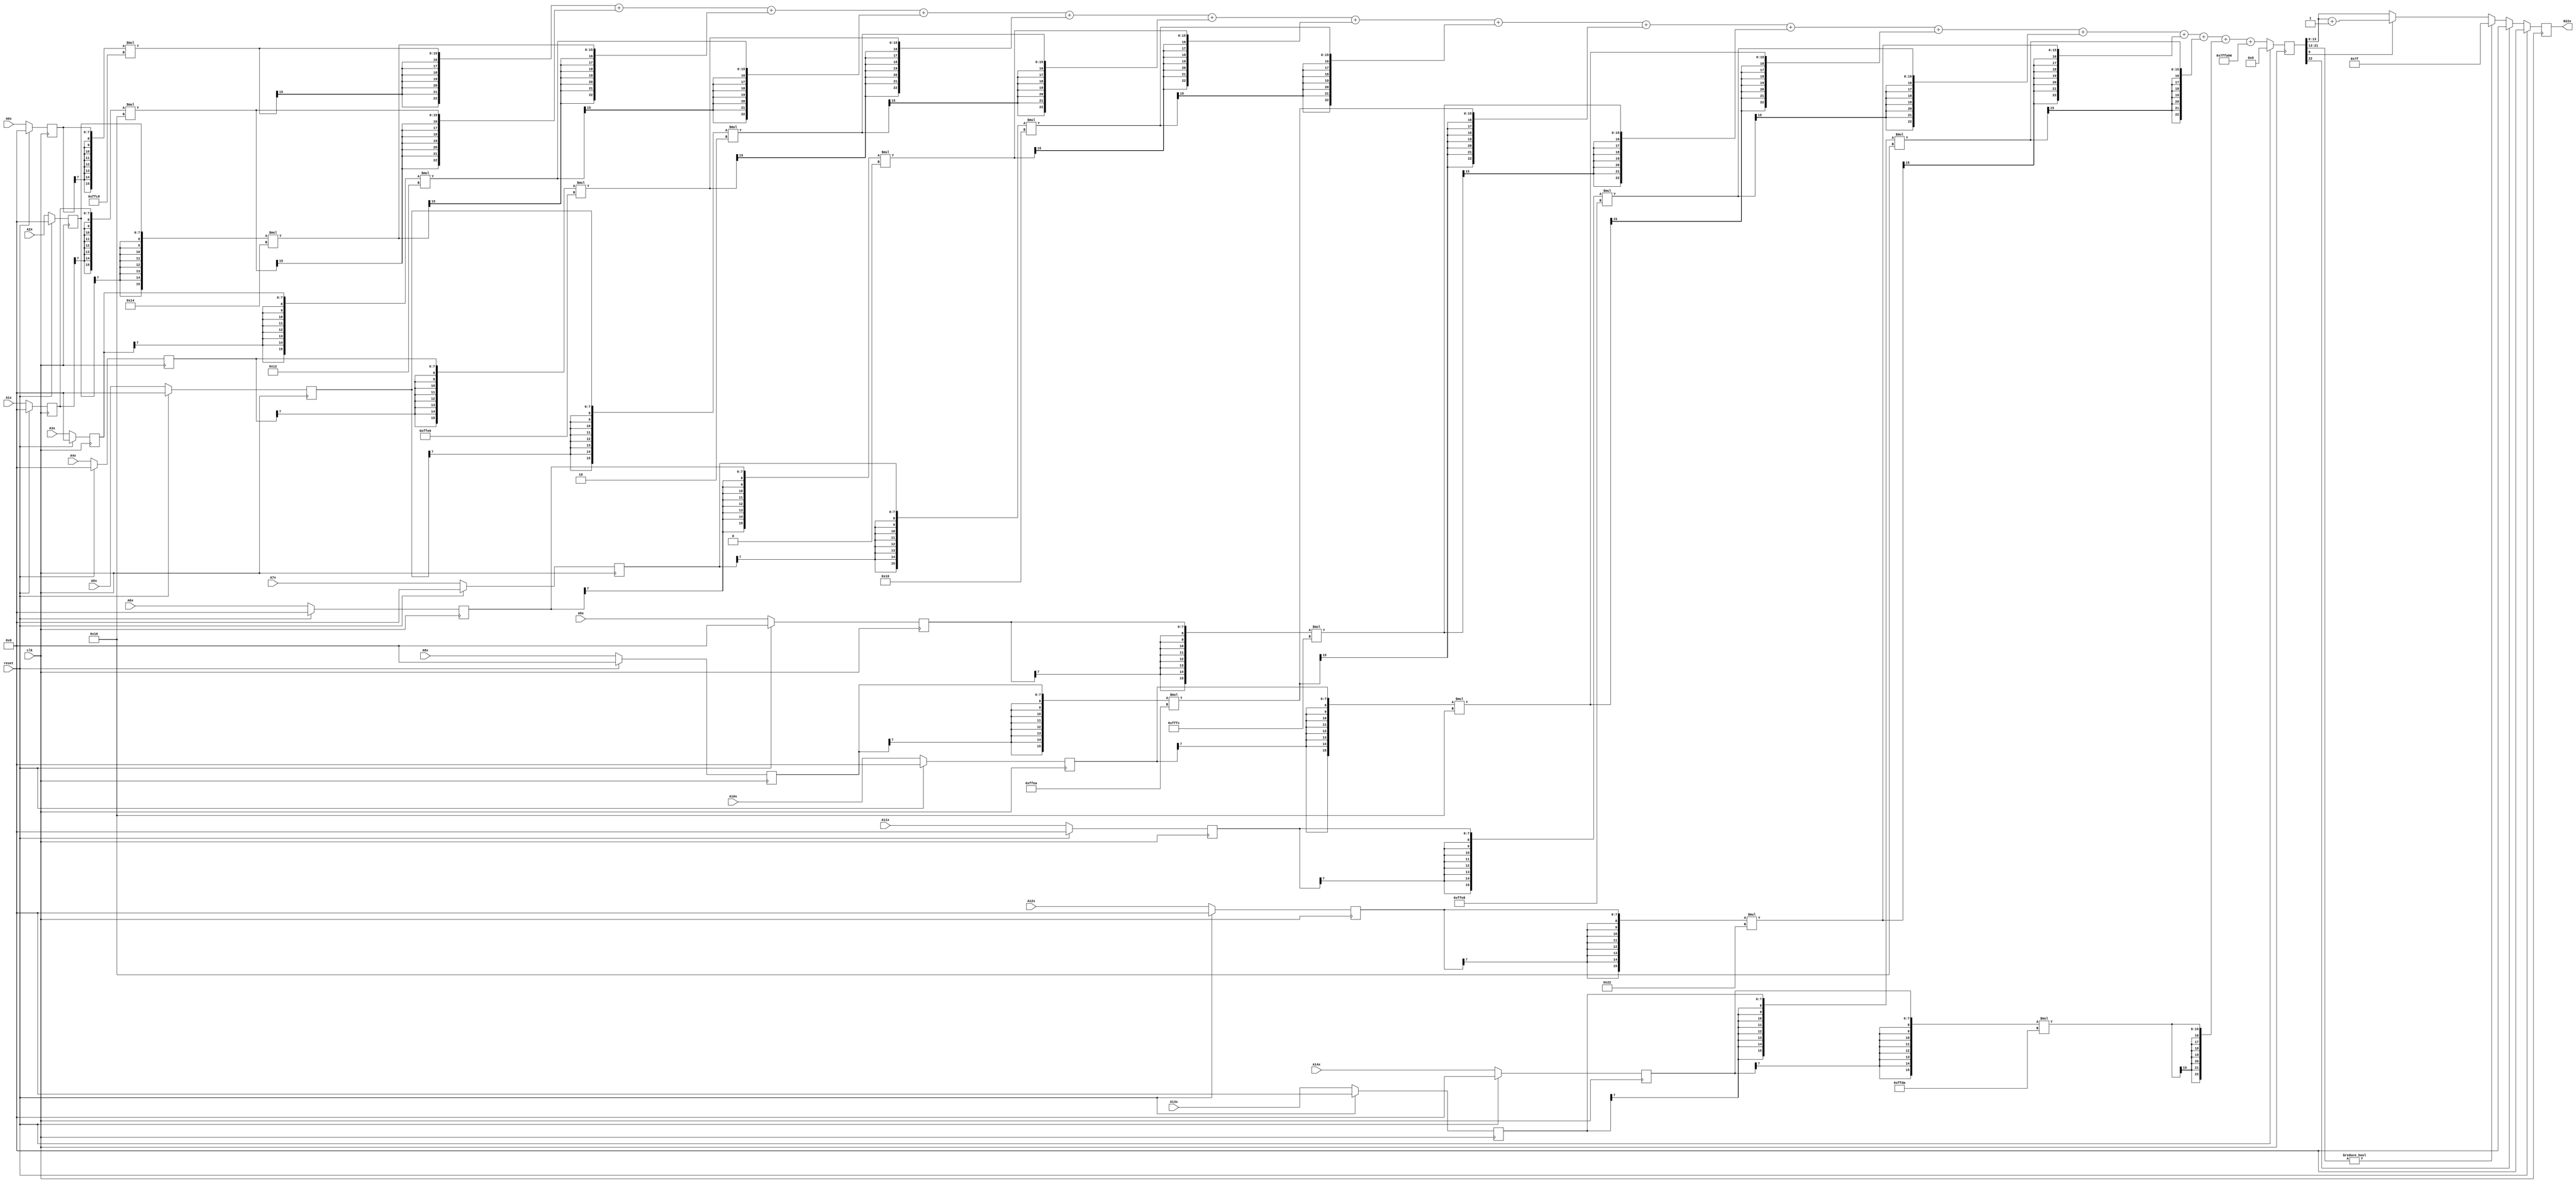
module node_4_22(clk,reset,N22x,A0x,A1x,A2x,A3x,A4x,A5x,A6x,A7x,A8x,A9x,A10x,A11x,A12x,A13x,A14x);
	input clk;
	input reset;
	input [7:0] A0x, A1x, A2x, A3x, A4x, A5x, A6x, A7x, A8x, A9x, A10x, A11x, A12x, A13x, A14x;
	reg [7:0] A0x_c, A1x_c, A2x_c, A3x_c, A4x_c, A5x_c, A6x_c, A7x_c, A8x_c, A9x_c, A10x_c, A11x_c, A12x_c, A13x_c, A14x_c;
	wire [15:0] sum0x, sum1x, sum2x, sum3x, sum4x, sum5x, sum6x, sum7x, sum8x, sum9x, sum10x, sum11x, sum12x, sum13x, sum14x;
	output reg [7:0] N22x;
	reg [22:0] sumout;

	parameter [7:0] W0x=-8'd56;
	parameter [7:0] W1x=8'd16;
	parameter [7:0] W2x=8'd20;
	parameter [7:0] W3x=8'd18;
	parameter [7:0] W4x=-8'd32;
	parameter [7:0] W5x=8'd2;
	parameter [7:0] W6x=8'd0;
	parameter [7:0] W7x=8'd22;
	parameter [7:0] W8x=-8'd22;
	parameter [7:0] W9x=-8'd4;
	parameter [7:0] W10x=8'd16;
	parameter [7:0] W11x=-8'd24;
	parameter [7:0] W12x=8'd34;
	parameter [7:0] W13x=8'd16;
	parameter [7:0] W14x=-8'd38;
	parameter [15:0] B0x=-16'd1536;


	assign sum0x = {A0x_c[7],A0x_c[7],A0x_c[7],A0x_c[7],A0x_c[7],A0x_c[7],A0x_c[7],A0x_c[7],A0x_c}*{W0x[7],W0x[7],W0x[7],W0x[7],W0x[7],W0x[7],W0x[7],W0x[7],W0x};
	assign sum1x = {A1x_c[7],A1x_c[7],A1x_c[7],A1x_c[7],A1x_c[7],A1x_c[7],A1x_c[7],A1x_c[7],A1x_c}*{W1x[7],W1x[7],W1x[7],W1x[7],W1x[7],W1x[7],W1x[7],W1x[7],W1x};
	assign sum2x = {A2x_c[7],A2x_c[7],A2x_c[7],A2x_c[7],A2x_c[7],A2x_c[7],A2x_c[7],A2x_c[7],A2x_c}*{W2x[7],W2x[7],W2x[7],W2x[7],W2x[7],W2x[7],W2x[7],W2x[7],W2x};
	assign sum3x = {A3x_c[7],A3x_c[7],A3x_c[7],A3x_c[7],A3x_c[7],A3x_c[7],A3x_c[7],A3x_c[7],A3x_c}*{W3x[7],W3x[7],W3x[7],W3x[7],W3x[7],W3x[7],W3x[7],W3x[7],W3x};
	assign sum4x = {A4x_c[7],A4x_c[7],A4x_c[7],A4x_c[7],A4x_c[7],A4x_c[7],A4x_c[7],A4x_c[7],A4x_c}*{W4x[7],W4x[7],W4x[7],W4x[7],W4x[7],W4x[7],W4x[7],W4x[7],W4x};
	assign sum5x = {A5x_c[7],A5x_c[7],A5x_c[7],A5x_c[7],A5x_c[7],A5x_c[7],A5x_c[7],A5x_c[7],A5x_c}*{W5x[7],W5x[7],W5x[7],W5x[7],W5x[7],W5x[7],W5x[7],W5x[7],W5x};
	assign sum6x = {A6x_c[7],A6x_c[7],A6x_c[7],A6x_c[7],A6x_c[7],A6x_c[7],A6x_c[7],A6x_c[7],A6x_c}*{W6x[7],W6x[7],W6x[7],W6x[7],W6x[7],W6x[7],W6x[7],W6x[7],W6x};
	assign sum7x = {A7x_c[7],A7x_c[7],A7x_c[7],A7x_c[7],A7x_c[7],A7x_c[7],A7x_c[7],A7x_c[7],A7x_c}*{W7x[7],W7x[7],W7x[7],W7x[7],W7x[7],W7x[7],W7x[7],W7x[7],W7x};
	assign sum8x = {A8x_c[7],A8x_c[7],A8x_c[7],A8x_c[7],A8x_c[7],A8x_c[7],A8x_c[7],A8x_c[7],A8x_c}*{W8x[7],W8x[7],W8x[7],W8x[7],W8x[7],W8x[7],W8x[7],W8x[7],W8x};
	assign sum9x = {A9x_c[7],A9x_c[7],A9x_c[7],A9x_c[7],A9x_c[7],A9x_c[7],A9x_c[7],A9x_c[7],A9x_c}*{W9x[7],W9x[7],W9x[7],W9x[7],W9x[7],W9x[7],W9x[7],W9x[7],W9x};
	assign sum10x = {A10x_c[7],A10x_c[7],A10x_c[7],A10x_c[7],A10x_c[7],A10x_c[7],A10x_c[7],A10x_c[7],A10x_c}*{W10x[7],W10x[7],W10x[7],W10x[7],W10x[7],W10x[7],W10x[7],W10x[7],W10x};
	assign sum11x = {A11x_c[7],A11x_c[7],A11x_c[7],A11x_c[7],A11x_c[7],A11x_c[7],A11x_c[7],A11x_c[7],A11x_c}*{W11x[7],W11x[7],W11x[7],W11x[7],W11x[7],W11x[7],W11x[7],W11x[7],W11x};
	assign sum12x = {A12x_c[7],A12x_c[7],A12x_c[7],A12x_c[7],A12x_c[7],A12x_c[7],A12x_c[7],A12x_c[7],A12x_c}*{W12x[7],W12x[7],W12x[7],W12x[7],W12x[7],W12x[7],W12x[7],W12x[7],W12x};
	assign sum13x = {A13x_c[7],A13x_c[7],A13x_c[7],A13x_c[7],A13x_c[7],A13x_c[7],A13x_c[7],A13x_c[7],A13x_c}*{W13x[7],W13x[7],W13x[7],W13x[7],W13x[7],W13x[7],W13x[7],W13x[7],W13x};
	assign sum14x = {A14x_c[7],A14x_c[7],A14x_c[7],A14x_c[7],A14x_c[7],A14x_c[7],A14x_c[7],A14x_c[7],A14x_c}*{W14x[7],W14x[7],W14x[7],W14x[7],W14x[7],W14x[7],W14x[7],W14x[7],W14x};

	always@(posedge clk) begin

		if(reset)
			begin
			N22x<=8'd0;
			sumout<=16'd0;
			A0x_c <= 8'd0;
			A1x_c <= 8'd0;
			A2x_c <= 8'd0;
			A3x_c <= 8'd0;
			A4x_c <= 8'd0;
			A5x_c <= 8'd0;
			A6x_c <= 8'd0;
			A7x_c <= 8'd0;
			A8x_c <= 8'd0;
			A9x_c <= 8'd0;
			A10x_c <= 8'd0;
			A11x_c <= 8'd0;
			A12x_c <= 8'd0;
			A13x_c <= 8'd0;
			A14x_c <= 8'd0;
			end
		else
			begin
			A0x_c <= A0x;
			A1x_c <= A1x;
			A2x_c <= A2x;
			A3x_c <= A3x;
			A4x_c <= A4x;
			A5x_c <= A5x;
			A6x_c <= A6x;
			A7x_c <= A7x;
			A8x_c <= A8x;
			A9x_c <= A9x;
			A10x_c <= A10x;
			A11x_c <= A11x;
			A12x_c <= A12x;
			A13x_c <= A13x;
			A14x_c <= A14x;
			sumout<={sum0x[15],sum0x[15],sum0x[15],sum0x[15],sum0x[15],sum0x[15],sum0x[15],sum0x}+{sum1x[15],sum1x[15],sum1x[15],sum1x[15],sum1x[15],sum1x[15],sum1x[15],sum1x}+{sum2x[15],sum2x[15],sum2x[15],sum2x[15],sum2x[15],sum2x[15],sum2x[15],sum2x}+{sum3x[15],sum3x[15],sum3x[15],sum3x[15],sum3x[15],sum3x[15],sum3x[15],sum3x}+{sum4x[15],sum4x[15],sum4x[15],sum4x[15],sum4x[15],sum4x[15],sum4x[15],sum4x}+{sum5x[15],sum5x[15],sum5x[15],sum5x[15],sum5x[15],sum5x[15],sum5x[15],sum5x}+{sum6x[15],sum6x[15],sum6x[15],sum6x[15],sum6x[15],sum6x[15],sum6x[15],sum6x}+{sum7x[15],sum7x[15],sum7x[15],sum7x[15],sum7x[15],sum7x[15],sum7x[15],sum7x}+{sum8x[15],sum8x[15],sum8x[15],sum8x[15],sum8x[15],sum8x[15],sum8x[15],sum8x}+{sum9x[15],sum9x[15],sum9x[15],sum9x[15],sum9x[15],sum9x[15],sum9x[15],sum9x}+{sum10x[15],sum10x[15],sum10x[15],sum10x[15],sum10x[15],sum10x[15],sum10x[15],sum10x}+{sum11x[15],sum11x[15],sum11x[15],sum11x[15],sum11x[15],sum11x[15],sum11x[15],sum11x}+{sum12x[15],sum12x[15],sum12x[15],sum12x[15],sum12x[15],sum12x[15],sum12x[15],sum12x}+{sum13x[15],sum13x[15],sum13x[15],sum13x[15],sum13x[15],sum13x[15],sum13x[15],sum13x}+{sum14x[15],sum14x[15],sum14x[15],sum14x[15],sum14x[15],sum14x[15],sum14x[15],sum14x}+{B0x[15],B0x[15],B0x[15],B0x[15],B0x[15],B0x[15],B0x[15],B0x};

			if(sumout[22]==0)
				begin
				if(sumout[21:13]!=9'b0)
					N22x<=8'd127;
				else
					begin
					if(sumout[5]==1)
						N22x<=sumout[13:6]+8'd1;
					else
						N22x<=sumout[13:6];
					end
				end
			else
				N22x<=8'd0;
			end
		end
endmodule